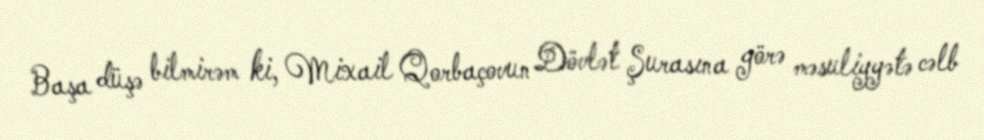
Başa düşə bilmirəm ki, Mixail Qorbaçovun Dövlət Şurasına görə məsuliyyətə cəlb